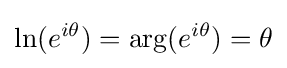
\ln(e^{i\theta })=\arg(e^{i\theta })=\theta